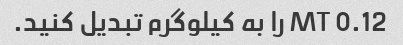
0.12 MT را به کیلوگرم تبدیل کنید.